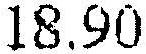
18.90